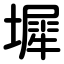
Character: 墀